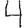
Digit: 4